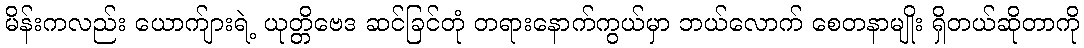
မိန်းကလည်း ယောက်ျားရဲ့ ယုတ္တိဗေဒ ဆင်ခြင်တုံ တရားနောက်ကွယ်မှာ ဘယ်လောက် စေတနာမျိုး ရှိတယ်ဆိုတာကို